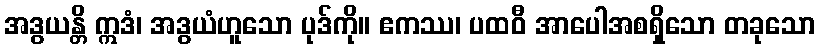
အဒွယန္တိ ဣဒံ၊ အဒွယံဟူသော ပုဒ်ကို။ ဧကဿ၊ ပထဝီ အာပေါအစရှိသော တခုသော